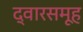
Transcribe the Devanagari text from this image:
द्वारसमूह